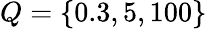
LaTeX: Q=\{ 0.3,5,100\}